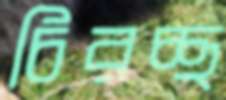
চিরচ্ছ